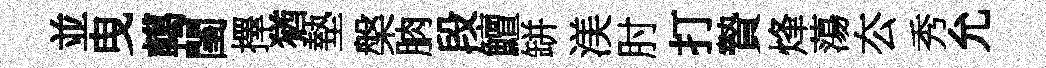
並曳轕閨擇猶墊槃朒段鱣缾渼肘打贄烽蕩厺秀允